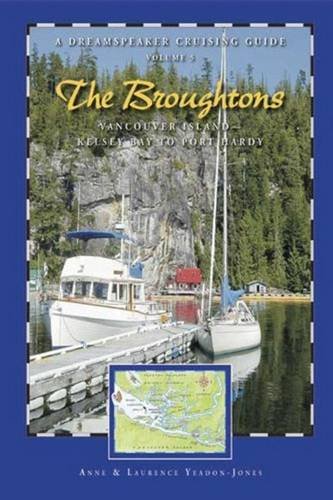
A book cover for Dreamspeaker Cruising Guide Series: The Broughtons: Vancouver Island--Kelsey Bay to Port Hardy, Volume 5; Anne Yeadon-Jones; Travel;